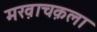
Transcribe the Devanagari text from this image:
मख़ाचक़ला